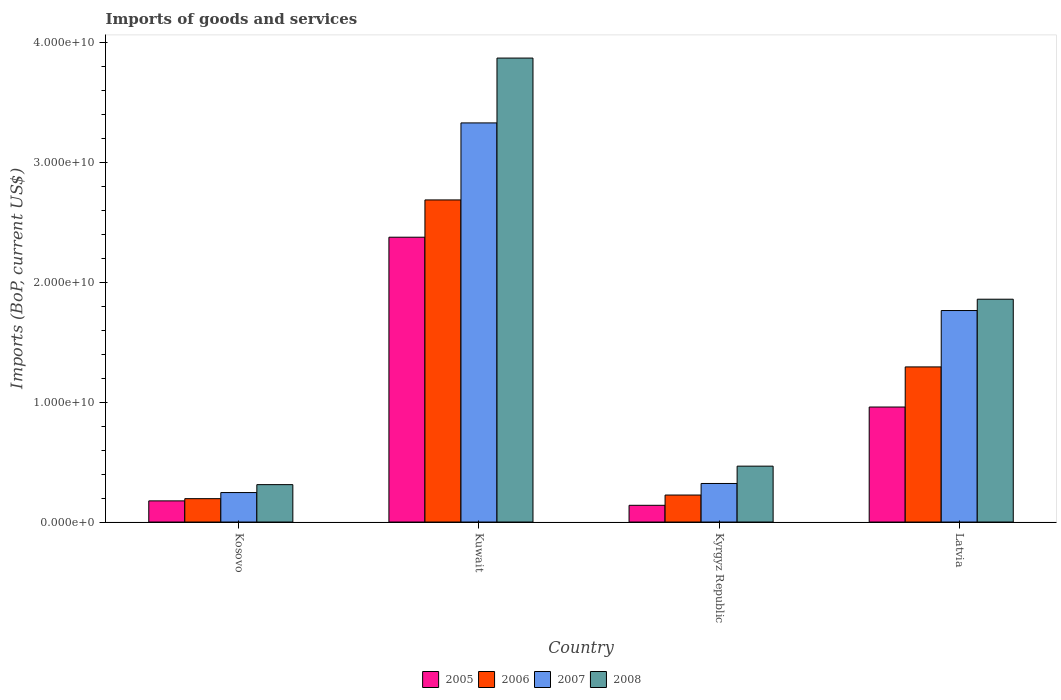
| Country | 2005 | 2006 | 2007 | 2008 |
 | --- | --- | --- | --- | --- |
 | Kosovo | 1.76e+09 | 1.95e+09 | 2.46e+09 | 3.12e+09 |
 | Kuwait | 2.38e+10 | 2.69e+10 | 3.33e+10 | 3.87e+10 |
 | Kyrgyz Republic | 1.4e+09 | 2.25e+09 | 3.22e+09 | 4.66e+09 |
 | Latvia | 9.6e+09 | 1.29e+10 | 1.76e+10 | 1.86e+10 |